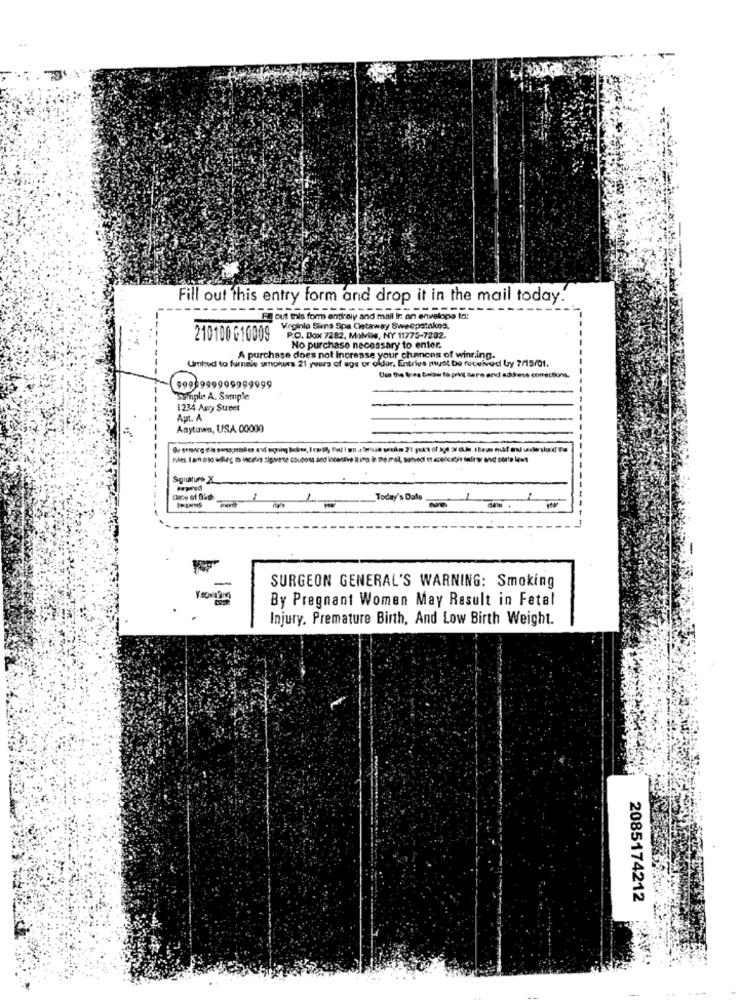
Fill out this entry form and drop it in the mail today
Fg out this form entirely and mall In an envelope la:
Virginie Bima Spa Cletaway Sweepstakes.
210100 G10009
P.O. Box 7282, Malviks, NY 11775-7202.
No purchase necessary to enter.
A purchase does not Increase your chances of winning.
Umied to furnele smohours 21 yours of uge or older. Entrivs must be received by 7/15/01.
Use the Bres below to pis Bare and address correctio
9999999999999999
Samples A. Sample
1234 Any Street
Apt. A
Anytown, USA 00000
Squaturo X
Today's Dato ..
1
SURGEON GENERAL'S WARNING: Smoking
By Pregnant Women May Result in Fetal
Injury, Premature Birth, And Low Birth Weight.
2085174212